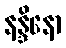
နန္ဒိနော